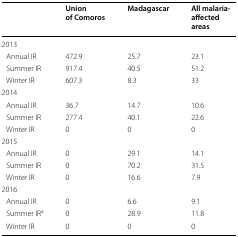
<table><thead><tr><td></td><td><b>Union of Comoros</b></td><td><b>Madagascar</b></td><td><b>All malaria-affected areas</b></td></tr></thead><tbody><tr><td colspan="4">2013</td></tr><tr><td> Annual IR</td><td>472.9</td><td>25.7</td><td>23.1</td></tr><tr><td> Summer IR</td><td>917.4</td><td>40.5</td><td>51.2</td></tr><tr><td> Winter IR</td><td>607.3</td><td>8.3</td><td>33</td></tr><tr><td colspan="4">2014</td></tr><tr><td> Annual IR</td><td>36.7</td><td>14.7</td><td>10.6</td></tr><tr><td> Summer IR</td><td>277.4</td><td>40.1</td><td>22.6</td></tr><tr><td> Winter IR</td><td>0</td><td>0</td><td>0</td></tr><tr><td colspan="4">2015</td></tr><tr><td> Annual IR</td><td>0</td><td>29.1</td><td>14.1</td></tr><tr><td> Summer IR</td><td>0</td><td>70.2</td><td>31.5</td></tr><tr><td> Winter IR</td><td>0</td><td>16.6</td><td>7.9</td></tr><tr><td colspan="4">2016</td></tr><tr><td> Annual IR</td><td>0</td><td>6.6</td><td>9.1</td></tr><tr><td> Summer IR<sup>a</sup></td><td>0</td><td>28.9</td><td>11.8</td></tr><tr><td> Winter IR</td><td>0</td><td>0</td><td>0</td></tr></tbody></table>